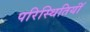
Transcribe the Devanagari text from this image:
परिस्थितियॉं